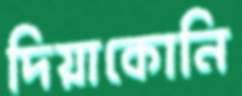
দিয়াকোনি